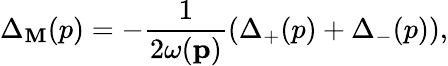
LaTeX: \Delta_{\mathbf{M}}(p)=-\frac{{1}}{{2\omega(\mathbf{p})}}\left(\Delta_{+}(p)+\Delta_{-}(p)\right),